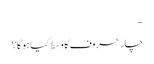
-
چار حروف کا وسط کیا ہوگا ؟